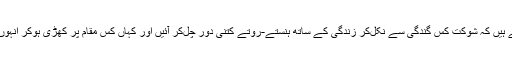
اب بس اندازہ لگا سکتے ہیں کہ شوکت کس گندگی سے نکل‌کر زندگی کے ساتھ ہنستے-روتے کتنی دور چل‌کر آئیں اور کہاں کس مقام پر کھڑی ہوکر انہوں نے دنیا کو الوداع کہا۔